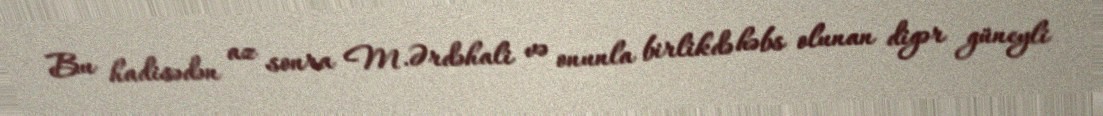
Bu hadisədən az sonra M.Ərdəhali və onunla birlikdə həbs olunan digər güneyli